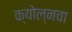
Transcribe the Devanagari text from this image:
क्योल्नचा